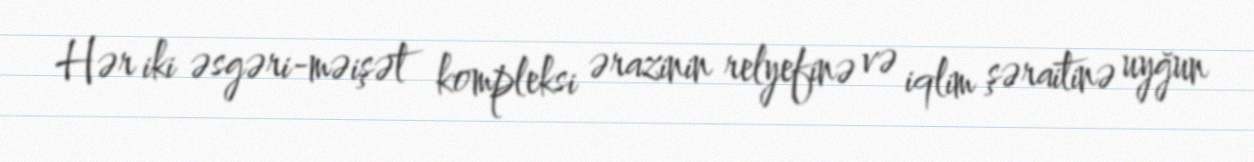
Hər iki əsgəri-məişət kompleksi ərazinin relyefinə və iqlim şəraitinə uyğun